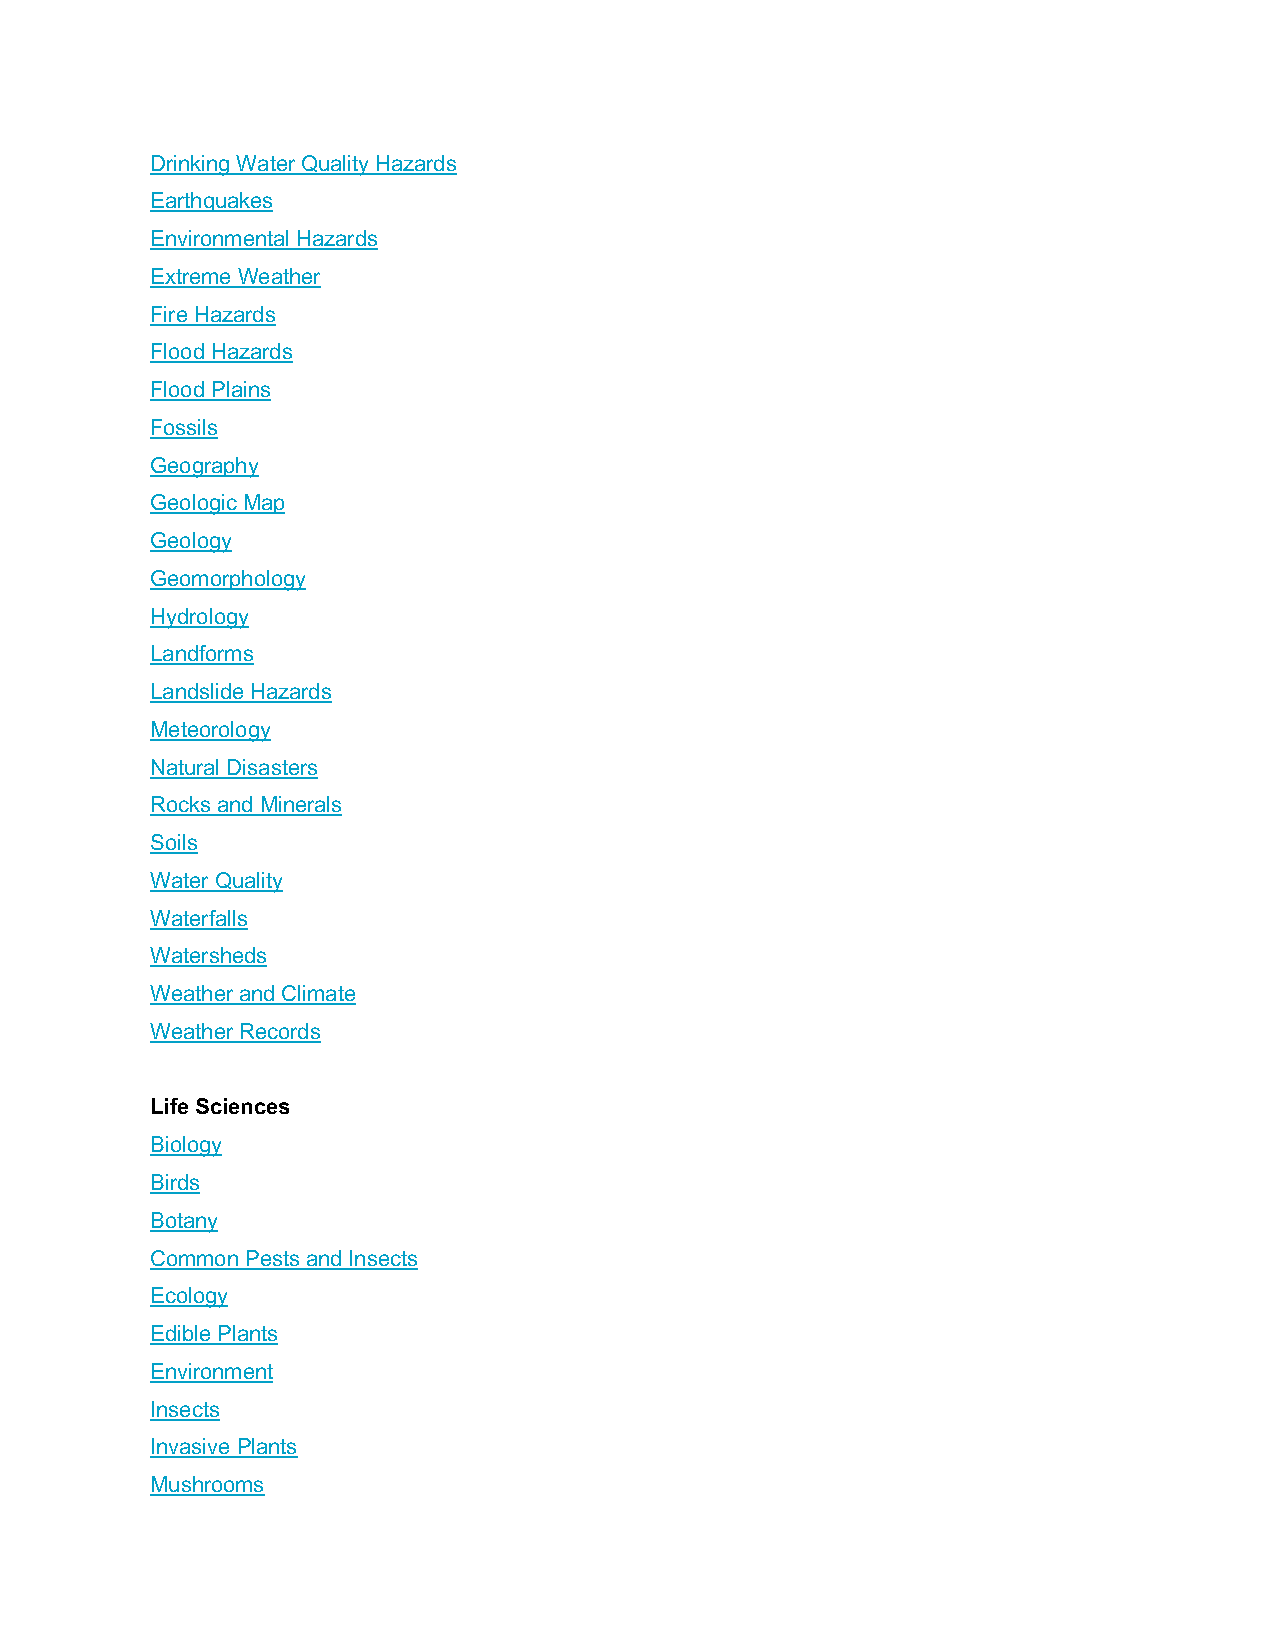
Drinking Water Quality Hazards
 Earthquakes
 Environmental Hazards
 Extreme Weather
 Fire Hazards
 Flood Hazards
 Flood Plains
 Fossils
 Geography
 Geologic Map
 Geology
 Geomorphology
 Hydrology
 Landforms
 Landslide Hazards
 Meteorology
 Natural Disasters
 Rocks and Minerals
 Soils
 Water Quality
 Waterfalls
 Watersheds
 Weather and Climate
 Weather Records
 Life Sciences
 Biology
 Birds
 Botany
 Common Pests and Insects
 Ecology
 Edible Plants
 Environment
 Insects
 Invasive Plants
 Mushrooms